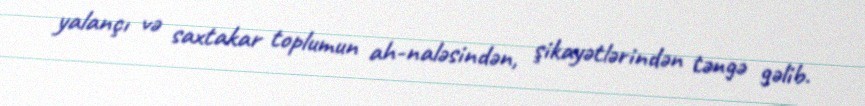
yalançı və saxtakar toplumun ah-naləsindən, şikayətlərindən təngə gəlib.